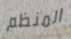
المنظم